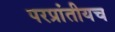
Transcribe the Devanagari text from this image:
परप्रांतीयच